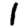
Digit: 1